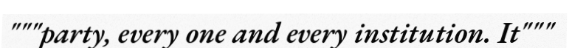
"""party, every one and every institution. It"""